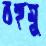
বহুমু